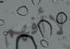
لاأفهم